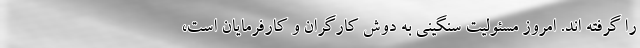
را گرفته اند. امروز مسئولیت سنگینی به دوش کارگران و کارفرمایان است،